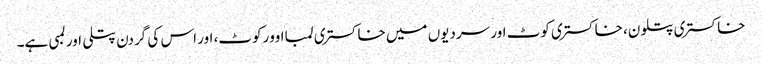
خاکستری پتلون، خاکستری کوٹ اور سردیوں میں خاکستری لمبا اوورکوٹ، اور اس کی گردن پتلی اور لمبی ہے۔